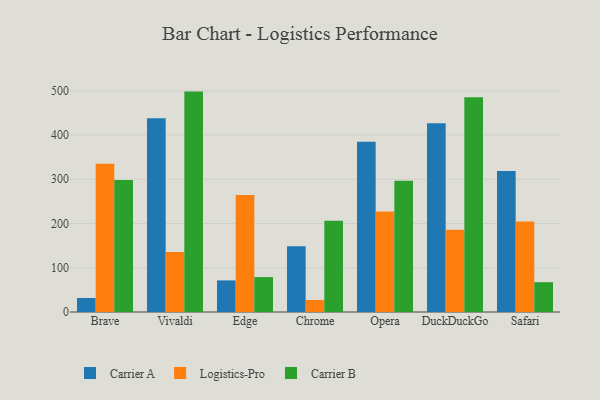
{"axis": {"x": "Browser", "y": "Conversion Rate (%)"}, "legend": ["Carrier A", "Carrier B", "Logistics-Pro"], "data": [{"x": "Brave", "y": 31.7, "type": "Carrier A"}, {"x": "Brave", "y": 334.8, "type": "Logistics-Pro"}, {"x": "Brave", "y": 298.3, "type": "Carrier B"}, {"x": "Vivaldi", "y": 437.8, "type": "Carrier A"}, {"x": "Vivaldi", "y": 135.6, "type": "Logistics-Pro"}, {"x": "Vivaldi", "y": 498.1, "type": "Carrier B"}, {"x": "Edge", "y": 71.4, "type": "Carrier A"}, {"x": "Edge", "y": 264.5, "type": "Logistics-Pro"}, {"x": "Edge", "y": 78.9, "type": "Carrier B"}, {"x": "Chrome", "y": 148.5, "type": "Carrier A"}, {"x": "Chrome", "y": 27.2, "type": "Logistics-Pro"}, {"x": "Chrome", "y": 206.5, "type": "Carrier B"}, {"x": "Opera", "y": 384.5, "type": "Carrier A"}, {"x": "Opera", "y": 227.4, "type": "Logistics-Pro"}, {"x": "Opera", "y": 296.9, "type": "Carrier B"}, {"x": "DuckDuckGo", "y": 426.5, "type": "Carrier A"}, {"x": "DuckDuckGo", "y": 185.7, "type": "Logistics-Pro"}, {"x": "DuckDuckGo", "y": 485.6, "type": "Carrier B"}, {"x": "Safari", "y": 318.9, "type": "Carrier A"}, {"x": "Safari", "y": 204.5, "type": "Logistics-Pro"}, {"x": "Safari", "y": 67.4, "type": "Carrier B"}]}